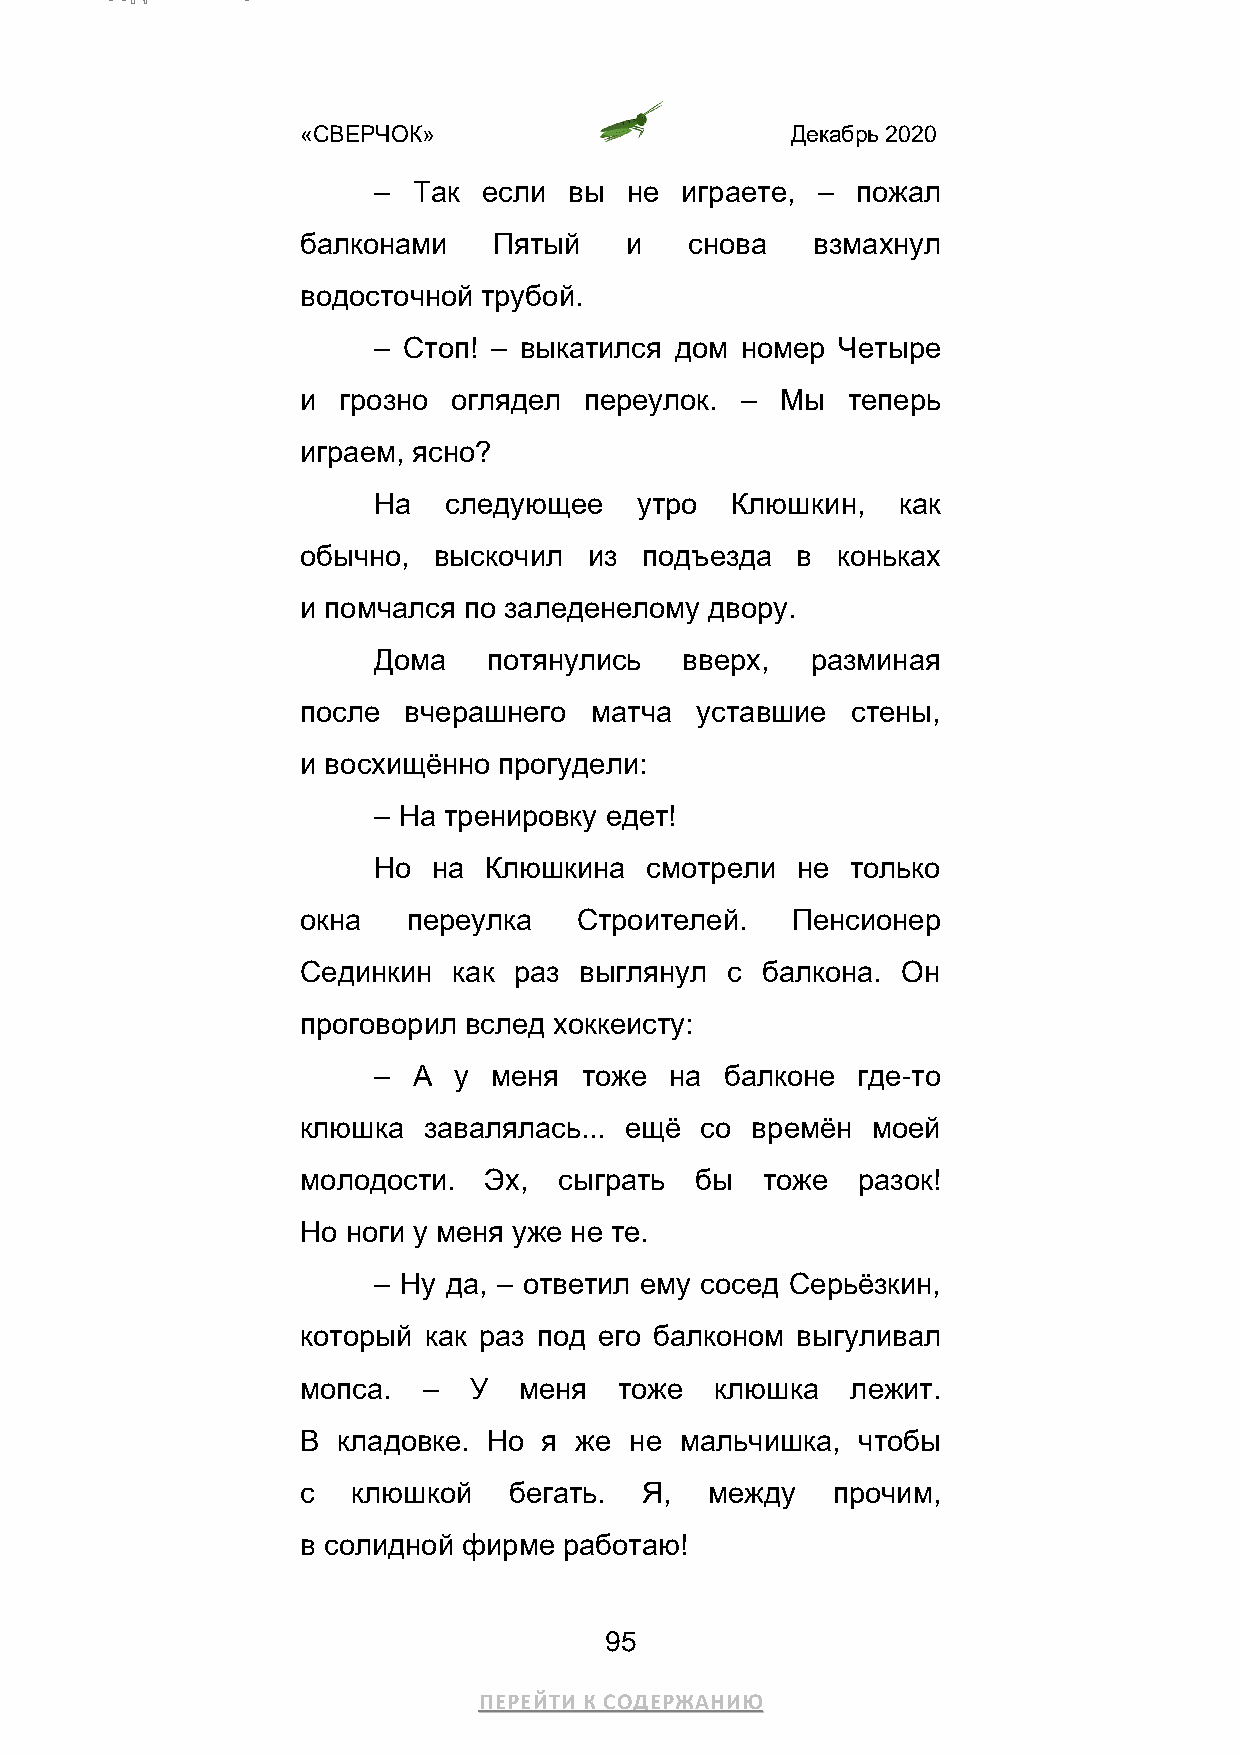
«СВЕРЧОК»                       Декабрь 2020
 – Так  если  вы не  играете, –  пожал
 балконами    Пятый   и    снова   взмахнул
 водосточной трубой.
 – Стоп! – выкатился дом номер Четыре
 и грозно  оглядел  переулок. –  Мы  теперь
 играем, ясно?
 На  следующее    утро  Клюшкин,   как
 обычно,  выскочил  из подъезда   в коньках
 и помчался по заледенелому двору.
 Дома   потянулись   вверх,   разминая
 после  вчерашнего  матча  уставшие  стены,
 и восхищённо прогудели:
 – На тренировку едет!
 Но  на Клюшкина   смотрели  не только
 окна   переулка   Строителей.   Пенсионер
 Сединкин  как раз выглянул  с балкона.  Он
 проговорил вслед хоккеисту:
 – А  у  меня тоже  на  балконе  где-то
 клюшка  завалялась... ещё со  времён  моей
 молодости.  Эх,  сыграть  бы  тоже   разок!
 Но ноги у меня уже не те.
 – Ну да, – ответил ему сосед Серьёзкин,
 который как раз под его балконом выгуливал
 мопса.  –  У  меня   тоже  клюшка   лежит.
 В кладовке. Но  я же  не мальчишка,  чтобы
 с  клюшкой    бегать. Я,   между   прочим,
 в солидной фирме работаю!
 95
 ПЕРЕЙТИ К СОДЕРЖАНИЮ